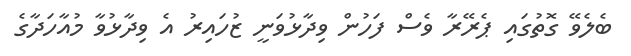
ބެލެވޭ ގޮތުގައި ޕެރޭރާ ވެސް ފަހުން ވިދާޅުވަނީ ޒުހައިރު އެ ވިދާޅުވާ މުއާހަދާގެ